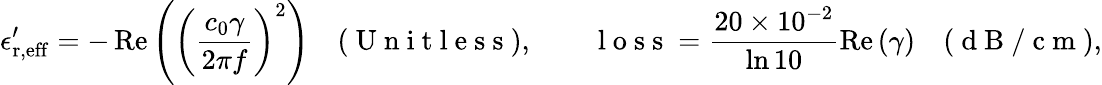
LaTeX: \epsilon_{\mathrm{r,eff}}^{\prime}=-\operatorname{Re}\left({\left(\frac{c_{0}\gamma}{2\pi f}\right)^{2}}\right)\quad(\mathrm{~U~n~i~t~l~e~s~s~}),\qquad\mathrm{~l~o~s~s~}=\frac{20\times 10^{-2}}{\ln 10}\operatorname{Re}\left({\gamma}\right)\quad(\mathrm{~d~B~/~c~m~}),